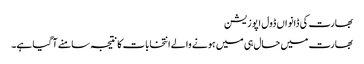
بھارت کی ڈانواں ڈول اپوزیشن
بھارت میں حال ہی میں ہونے والے انتخابات کا نتیجہ سامنے آ گیا ہے۔